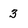
Character: 3